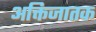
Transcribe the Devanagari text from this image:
अक्तिजातक